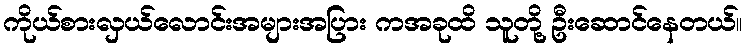
ကိုယ်စားလှယ်လောင်းအများအပြား ကအခုထိ သူတို့ ဦးဆောင်နေတယ်။